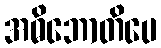
အဓိဘောတိပေ